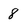
Character: 8